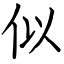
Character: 似